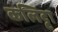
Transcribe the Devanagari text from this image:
कलिट्टा